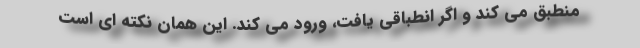
منطبق می کند و اگر انطباقی یافت، ورود می کند. این همان نکته ای است